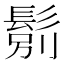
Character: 𲌝